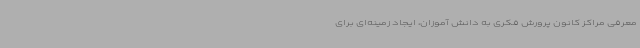
معرفی مراکز کانون پرورش فکری به دانش آموزان، ایجاد زمینه‌ای برای